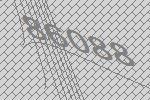
86088